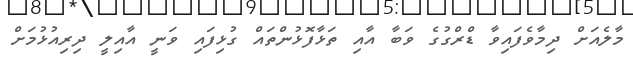
މާލެއަށް ދިމާވެފައިވާ ޑްރްގުގެ ވަބާ އާއި ތަޅާފޮޅުންތައް ގުޅިފައި ވަނީ އާއިލީ ދިރިއުޅުމަށް